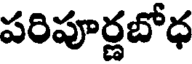
పరిపూర్ణబోధ